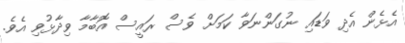
އެޅެން އެދި ވަޑައި ނުގަންނަވާ ކަމަށް ވެސް ރައީސް އޮބާމާ ވިދާޅުވި އެވެ.